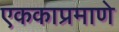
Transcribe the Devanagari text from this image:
एककाप्रमाणे